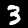
Digit: 3